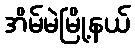
အိမ်မဲမြို့နယ်